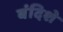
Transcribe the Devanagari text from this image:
बंदिशे